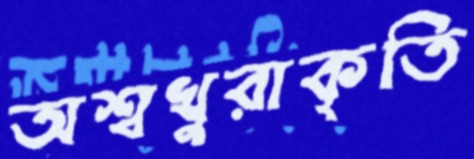
অশ্বখুরাকৃতি